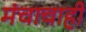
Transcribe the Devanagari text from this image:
मंचाचाही